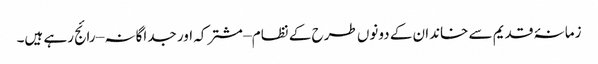
زمانۂ قدیم سے خاندان کے دونوں طرح کے نظام – مشترکہ اور جداگانہ – رائج رہے ہیں۔